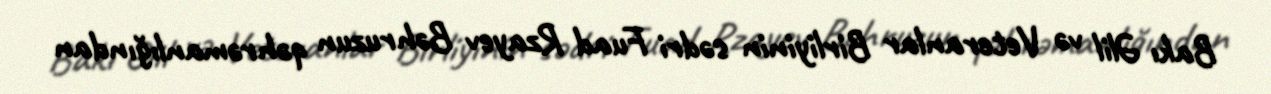
Bakı Əlil və Veteranlar Birliyinin sədri Fuad Rzayev Bəhruzun qəhrəmanlığından